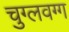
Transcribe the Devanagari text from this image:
चुग्लवग्ग